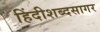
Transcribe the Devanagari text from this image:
हिंदीशब्दसागर